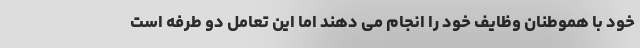
خود با هموطنان وظایف خود را انجام می دهند اما این تعامل دو طرفه است